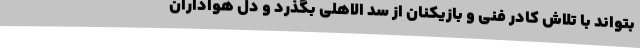
بتواند با تلاش کادر فنی و بازیکنان از سد الاهلی بگذرد و دل هواداران